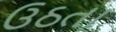
ઉઠતા